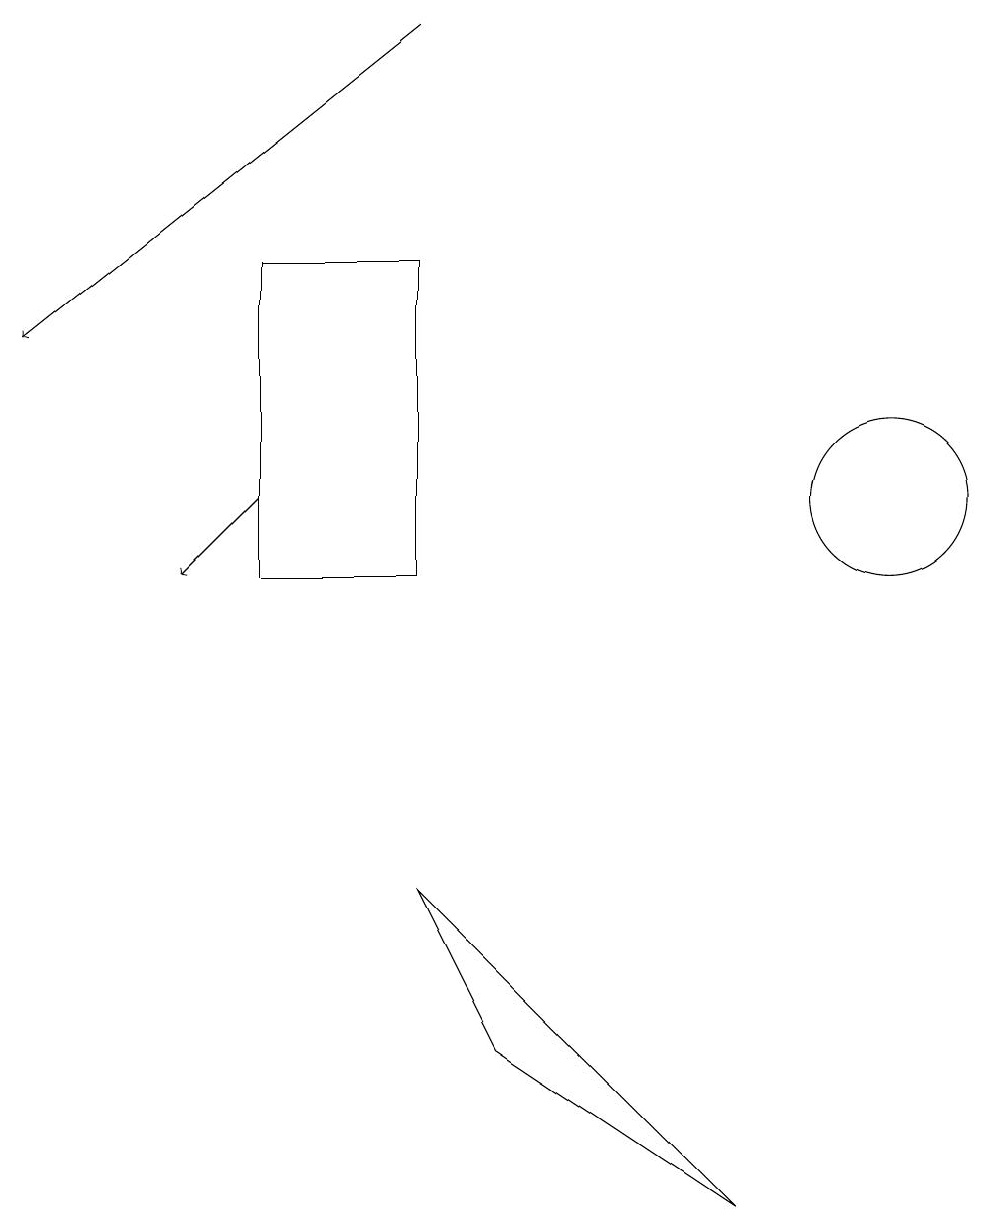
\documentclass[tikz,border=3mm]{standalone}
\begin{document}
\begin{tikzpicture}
\draw[->] (3,12) -- (2,11);
\draw (3,15) rectangle (5,11);
\draw[->] (5,18) -- (0,14);
\draw (9,3) -- (5,7) -- (6,5) -- cycle;
\draw (11,12) circle (1);
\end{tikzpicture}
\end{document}